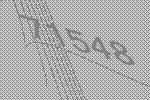
71548